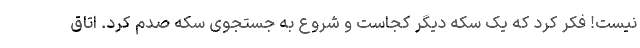
نیست! فکر کرد که یک سکه دیگر کجاست و شروع به جستجوی سکه صدم کرد. اتاق